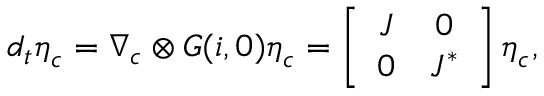
d _ { t } \boldsymbol { \eta } _ { \boldsymbol { c } } = \boldsymbol { \nabla } _ { \boldsymbol { c } } \otimes \boldsymbol { G } ( { \boldsymbol { i } } , \boldsymbol { 0 } ) \boldsymbol { \eta } _ { \boldsymbol { c } } = \left[ \begin{array} { c c } { J } & { 0 } \\ { 0 } & { J ^ { * } } \end{array} \right] \boldsymbol { \eta } _ { \boldsymbol { c } } ,